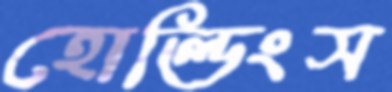
হোল্ডিংস